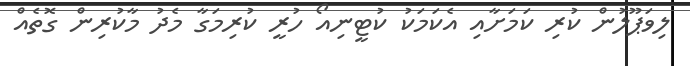
ލިވަޕޫލުން ކުރި ކަމަށާއި އެކަމަކު ކުޓީނިއޯ ހުރީ ކުރިމަގާ މެދު މާކުރިން ގޮތެއް